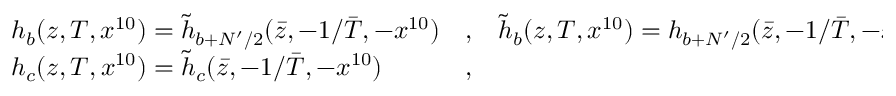
\begin{array} { l l l } { { h _ { b } ( z , T , x ^ { 1 0 } ) = \tilde { h } _ { b + N ^ { \prime } / 2 } ( \bar { z } , - 1 / \bar { T } , - x ^ { 1 0 } ) } } & { { , } } & { { \tilde { h } _ { b } ( z , T , x ^ { 1 0 } ) = h _ { b + N ^ { \prime } / 2 } ( \bar { z } , - 1 / \bar { T } , - x ^ { 1 0 } ) } } \\ { { h _ { c } ( z , T , x ^ { 1 0 } ) = \tilde { h } _ { c } ( \bar { z } , - 1 / \bar { T } , - x ^ { 1 0 } ) } } & { { , } } & { { } } \end{array}